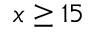
x \ge 1 5